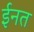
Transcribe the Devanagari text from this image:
ईनत